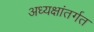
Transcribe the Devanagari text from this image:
अध्यक्षांतर्गत